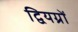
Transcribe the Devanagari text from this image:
द्वियग्रों